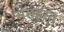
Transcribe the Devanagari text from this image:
समहस्त